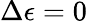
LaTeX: \Delta\epsilon=0